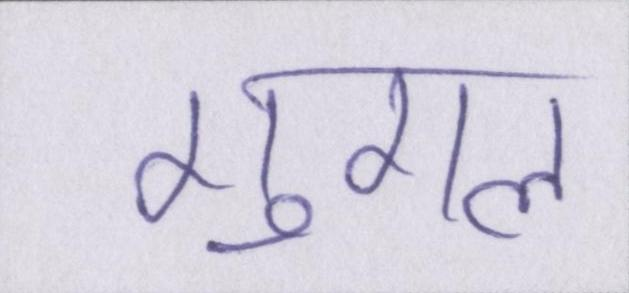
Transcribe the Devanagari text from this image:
गुगल